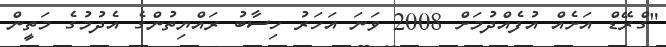
"ގްރޭޑް އަށެއް އުފެއްދުމަށް 2008 ވަަނަ އަަހަރު ހިސާބު ރައްޔިތުންގެ އެދުމުގެ މަތީން